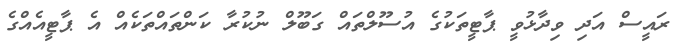
ރައީސް އަދި ވިދާޅުވީ ޕާޓީތަކުގެ އުސޫލްތައް ގަބޫލް ނުކުރާ ކަންތައްތަކެއް އެ ޕާޓީއެއްގެ